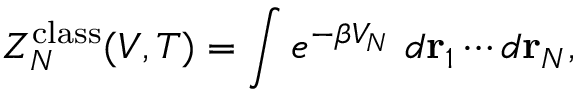
Z _ { N } ^ { \mathrm { c l a s s } } ( V , T ) = \int e ^ { - \beta V _ { N } } ~ d \mathbf { r } _ { 1 } \cdots d \mathbf { r } _ { N } ,